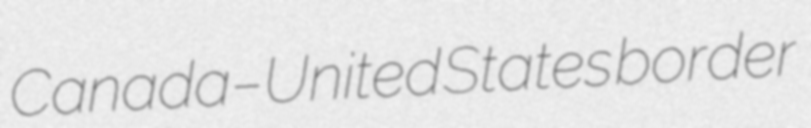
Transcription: Canada–United States border